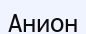
Анион